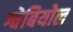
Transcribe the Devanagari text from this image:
ग्वेबियोल